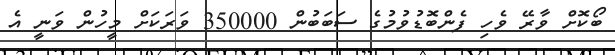
ބޯކޮށް ވާރޭ ވެހި ފެންބޮޑުވުމުގެ ސަބަބުން 350000 ވަރަކަށް މީހުން ވަނީ އެ